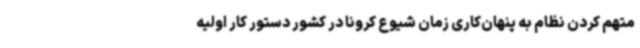
متهم کردن نظام به پنهان‌کاری زمان شیوع کرونا در کشور دستور کار اولیه